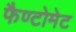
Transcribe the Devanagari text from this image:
फैण्टोमेट